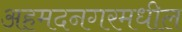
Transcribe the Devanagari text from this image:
अहमदनगरमधील